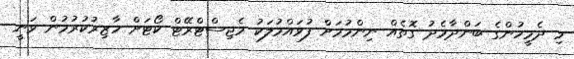
މި ދެމީހުންގެ ބަންދާމެދު ގޮތެއް ނިންމުމަށް ފުވައްމުލަކު މެޖިސްޓްރޭޓް ކޯޓަށް ހާޒިރުކުރުމުން ވަނީ